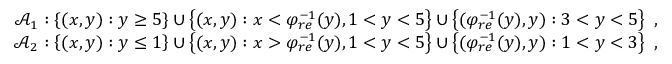
\begin{array} { r } { \mathcal { A } _ { 1 } : \left\{ ( x , y ) : y \geq 5 \right\} \cup \left\{ ( x , y ) : x < \varphi _ { r e } ^ { - 1 } ( y ) , 1 < y < 5 \right\} \cup \left\{ ( \varphi _ { r e } ^ { - 1 } ( y ) , y ) : 3 < y < 5 \right\} \ , } \\ { \mathcal { A } _ { 2 } : \left\{ ( x , y ) : y \leq 1 \right\} \cup \left\{ ( x , y ) : x > \varphi _ { r e } ^ { - 1 } ( y ) , 1 < y < 5 \right\} \cup \left\{ ( \varphi _ { r e } ^ { - 1 } ( y ) , y ) : 1 < y < 3 \right\} \ , } \end{array}